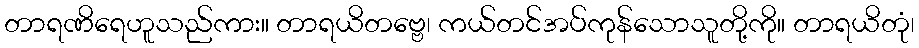
တာရဏိရေဟူသည်ကား။ တာရယိတဗ္ဗေ၊ ကယ်တင်အပ်ကုန်သောသူတို့ကို။ တာရယိတုံ၊